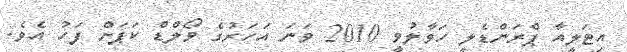
އިޓަލީއާ ޕްރަންޑެލީ ހަވާލުވީ 2010 ވަނަ އަހަރުގެ ވޯލްޑް ކަޕަށް ފަހު އެވެ.